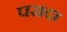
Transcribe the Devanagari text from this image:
परादा